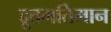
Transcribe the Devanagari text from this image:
द्रुतगतिमान